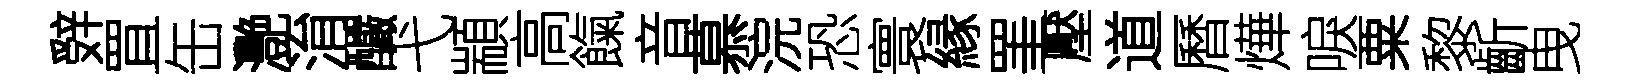
辤罝缶灧㳙釅弋顓高餼音慕浣恐寰縁罣壓道曆燁唳粟黎齗曳